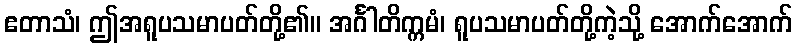
ဧတာသံ၊ ဤအရူပသမာပတ်တို့၏။ အင်္ဂါတိက္ကမံ၊ ရူပသမာပတ်တို့ကဲ့သို့ အောက်အောက်